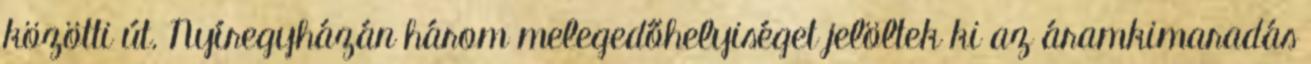
közötti út. Nyíregyházán három melegedőhelyiséget jelöltek ki az áramkimaradás